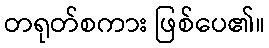
တရုတ်စကား ဖြစ်ပေ၏။